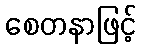
စေတနာဖြင့်